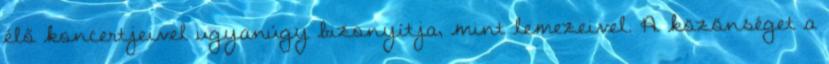
élő koncertjeivel ugyanúgy bizonyítja, mint lemezeivel. A közönséget a